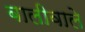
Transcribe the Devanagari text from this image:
बालीवाले